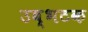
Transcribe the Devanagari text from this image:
उब्भटक